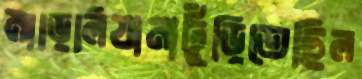
মাড়িলিযানাঢুঁড়িতেছিল